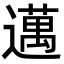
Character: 邁